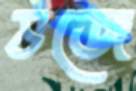
ভজে